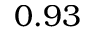
0 . 9 3